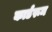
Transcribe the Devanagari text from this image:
कार्डरूम